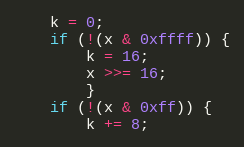
Language: C
	k = 0;
	if (!(x & 0xffff)) {
		k = 16;
		x >>= 16;
		}
	if (!(x & 0xff)) {
		k += 8;